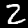
Label: 2